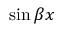
\sin { \beta x }